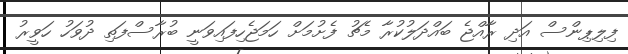
ފިލިޕިންސް އަދި ރާއްޖެ ބައްދަލުކުރާ މެޗު ފެށުމަށް ހަމަޖެހިފައިވަނީ ބުރާސްފަތި ދުވަހު ހަވީރު